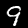
Label: 9